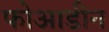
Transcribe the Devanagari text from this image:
फोआडीन